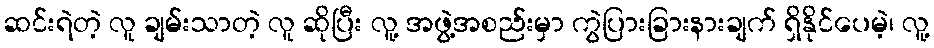
ဆင်းရဲတဲ့ လူ ချမ်းသာတဲ့ လူ ဆိုပြီး လူ့ အဖွဲ့အစည်းမှာ ကွဲပြားခြားနားချက် ရှိနိုင်ပေမဲ့၊ လူ့